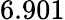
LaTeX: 6.901